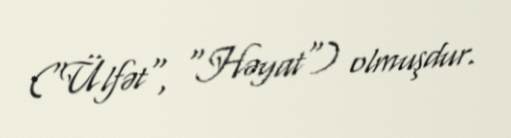
("Ülfət", "Həyat") olmuşdur.